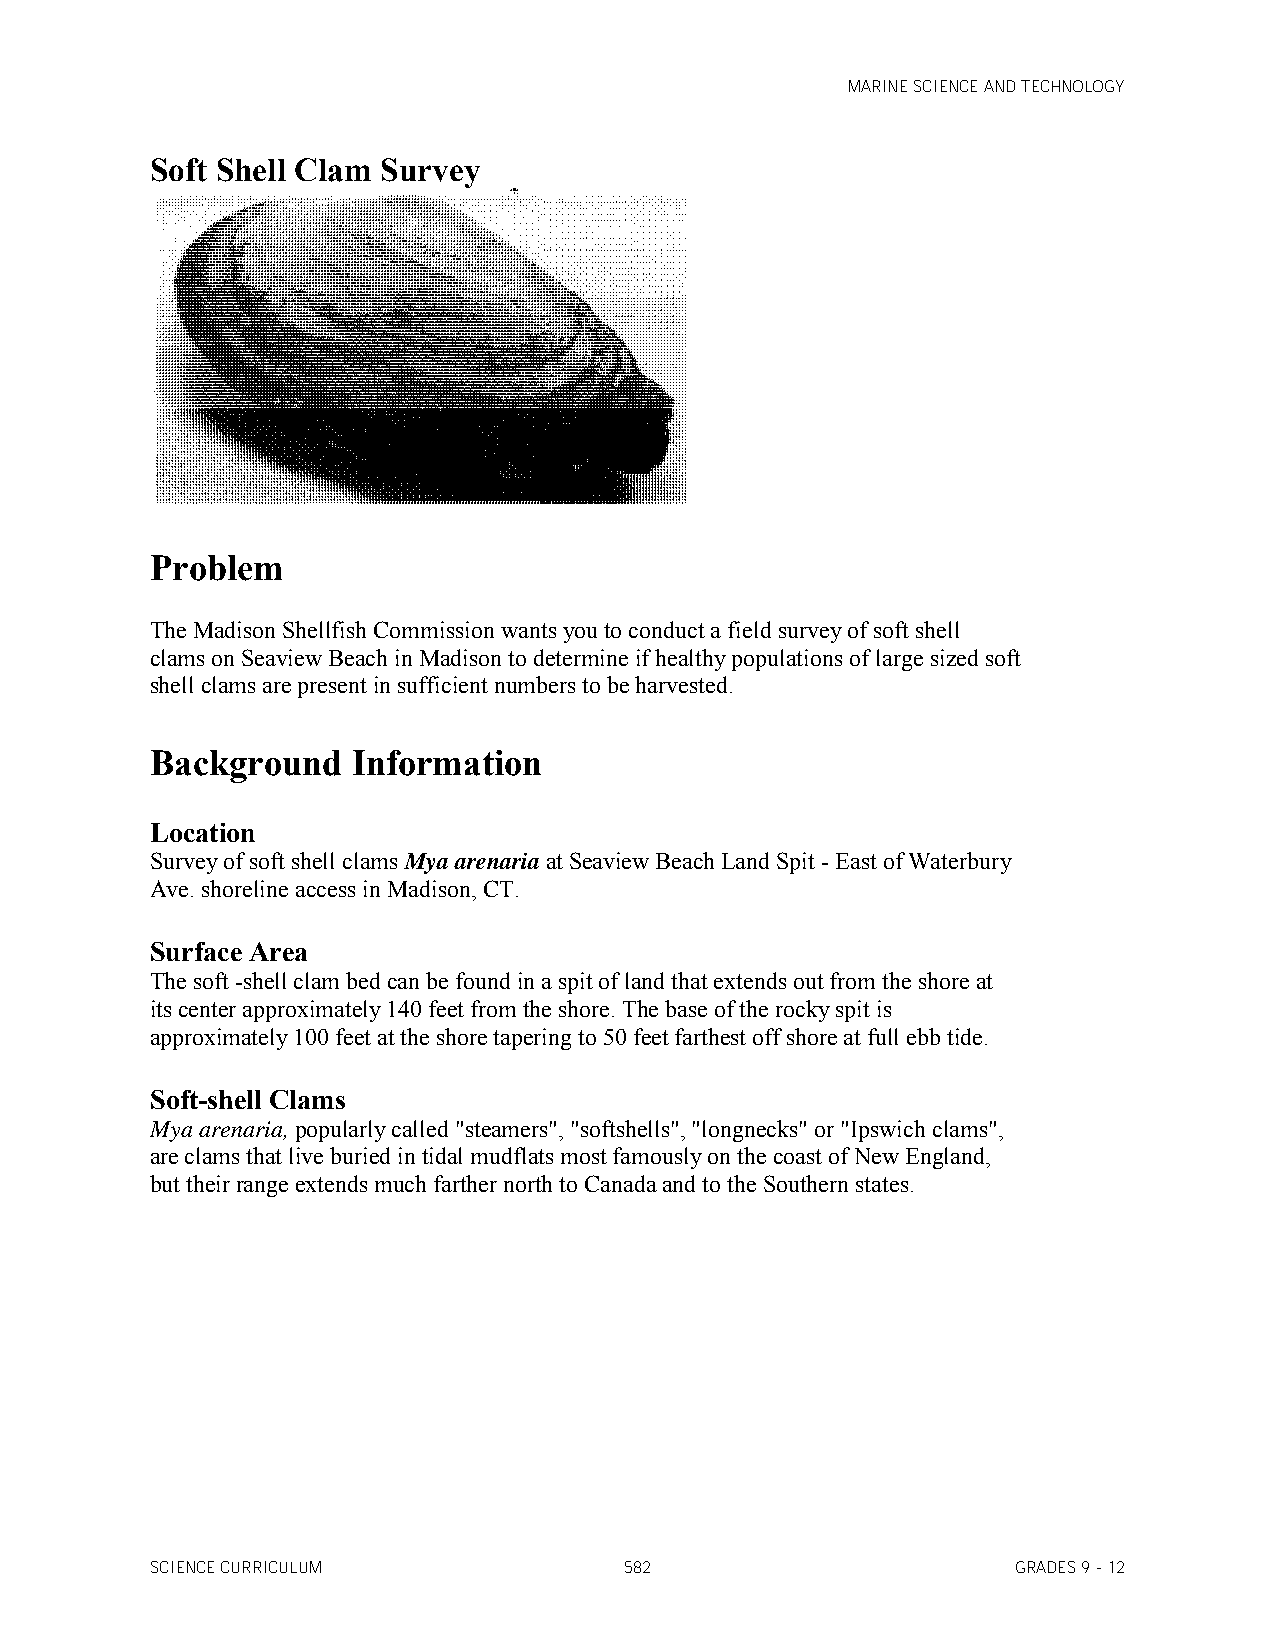
MARINE SCIENCE AND TECHNOLOGY
 Soft Shell Clam Survey
 Problem
 The Madison Shellfish Commission wants you to conduct a field survey of soft shell
 clams on Seaview Beach in Madison to determine if healthy populations of large sized soft
 shell clams are present in sufficient numbers to be harvested.
 Background   Information
 Location
 Survey of soft shell clams Mya arenaria at Seaview Beach Land Spit - East of Waterbury
 Ave. shoreline access in Madison, CT.
 Surface Area
 The soft -shell clam bed can be found in a spit of land that extends out from the shore at
 its center approximately 140 feet from the shore. The base of the rocky spit is
 approximately 100 feet at the shore tapering to 50 feet farthest off shore at full ebb tide.
 Soft-shell Clams
 Mya arenaria, popularly called "steamers", "softshells", "longnecks" or "Ipswich clams",
 are clams that live buried in tidal mudflats most famously on the coast of New England,
 but their range extends much farther north to Canada and to the Southern states.
 SCIENCE CURRICULUM             582                       GRADES 9 - 12